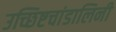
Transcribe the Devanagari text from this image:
उच्छिष्टचांडालिनी